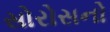
સોરોસનો